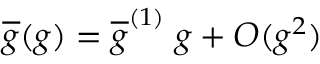
\overline { { { g } } } ( g ) = \overline { { { g } } } ^ { ( 1 ) } \; g + O ( g ^ { 2 } )